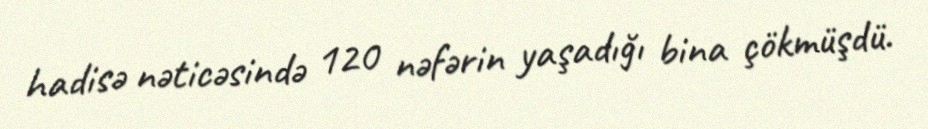
hadisə nəticəsində 120 nəfərin yaşadığı bina çökmüşdü.